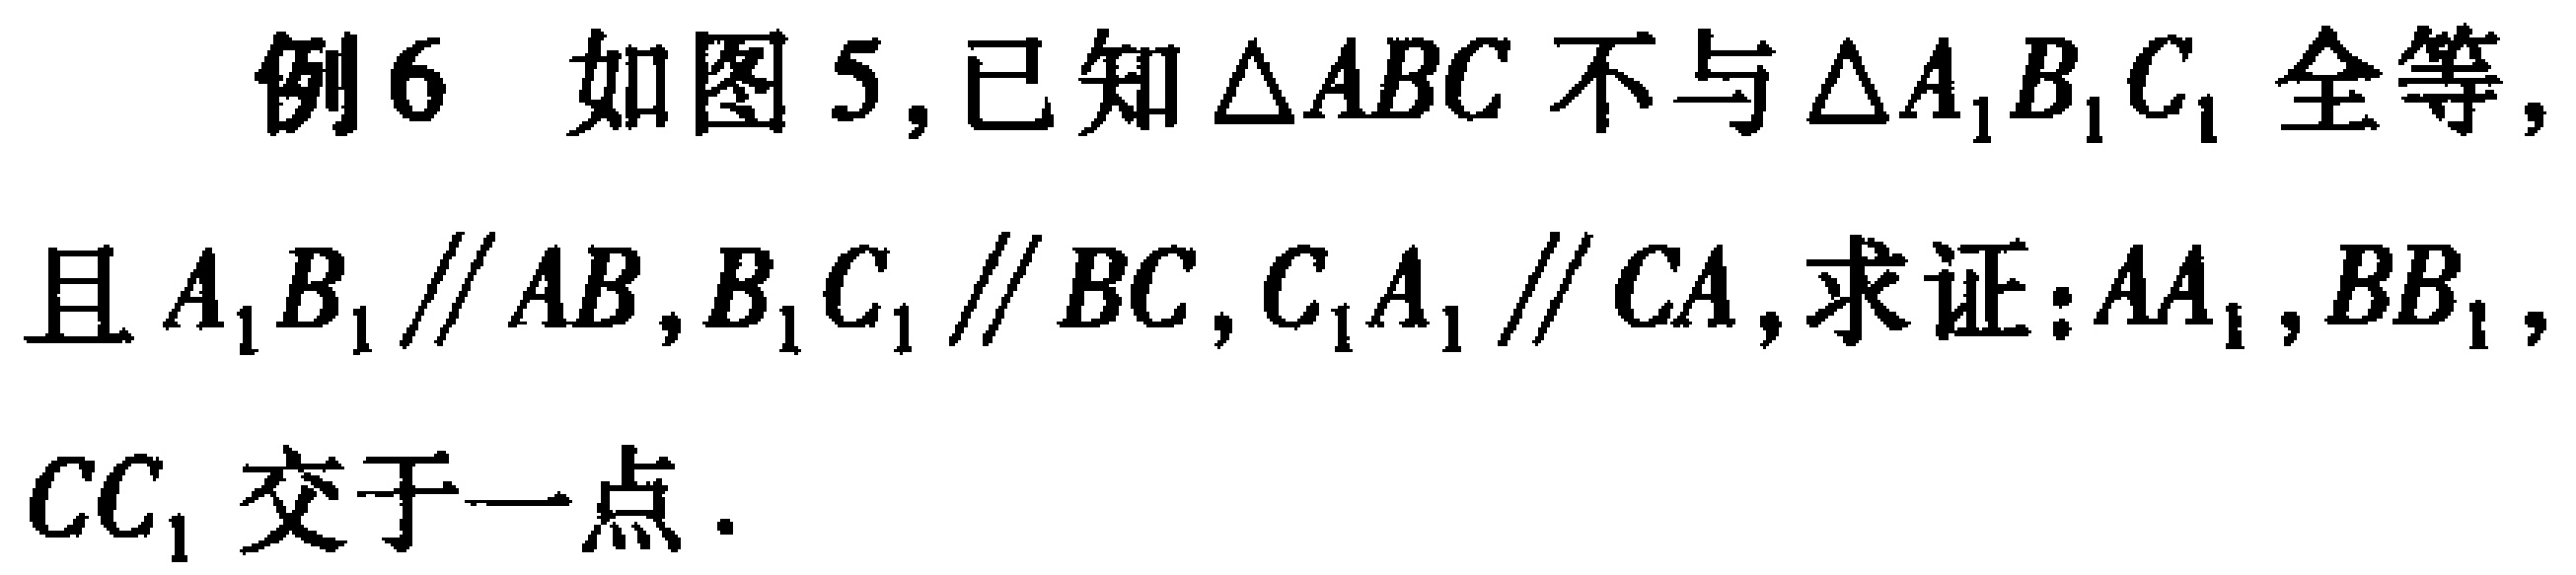
例6 如图5,已知$\triangle ABC$不与$\triangle A_{1}B_{1}C_{1}$全等,且$A_{1}B_{1}\parallel AB,B_{1}C_{1}\parallel BC,C_{1}A_{1}\parallel CA$,求证:$AA_{1},BB_{1},CC_{1}$交于一点.